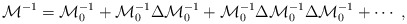
\begin{align*}{\cal M}^{-1}={\cal M}_0^{-1}+{\cal M}_0^{-1}\Delta{\cal M}_0^{-1}+ {\cal M}_0^{-1}\Delta{\cal M}_0^{-1}\Delta{\cal M}_0^{-1}+\cdots\ ,\end{align*}